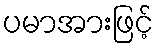
ပမာအားဖြင့်